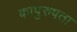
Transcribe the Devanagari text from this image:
कापुरुषता